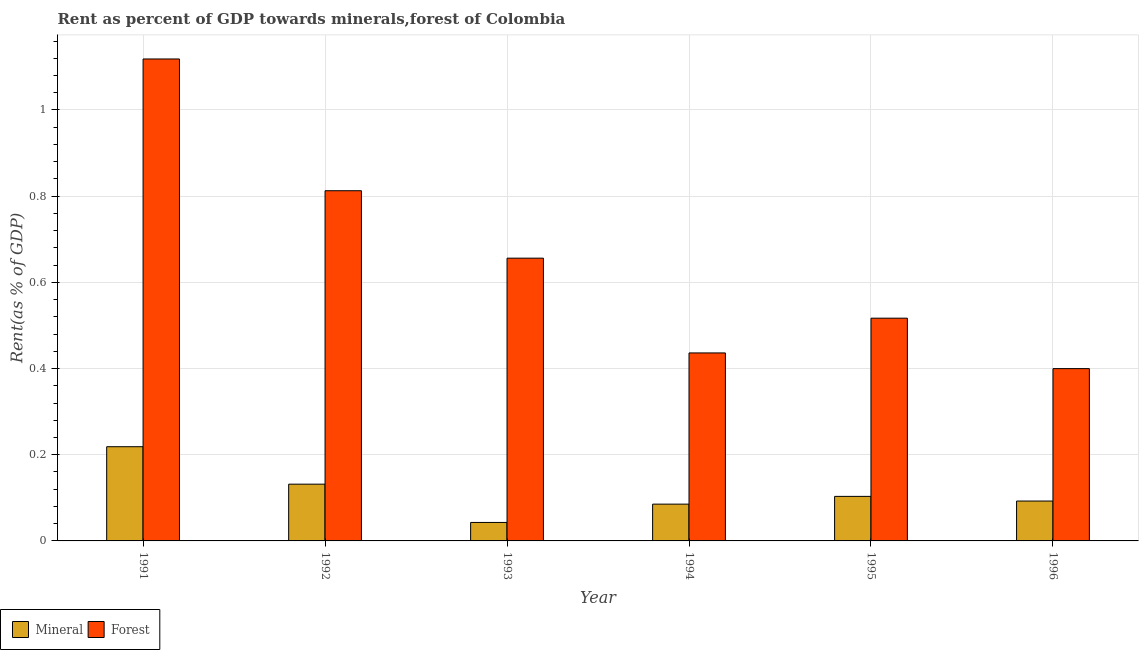
| Year | Mineral | Forest |
 | --- | --- | --- |
 | 1991 | 0.219 | 1.12 |
 | 1992 | 0.132 | 0.813 |
 | 1993 | 0.0429 | 0.656 |
 | 1994 | 0.0854 | 0.436 |
 | 1995 | 0.103 | 0.517 |
 | 1996 | 0.0926 | 0.4 |